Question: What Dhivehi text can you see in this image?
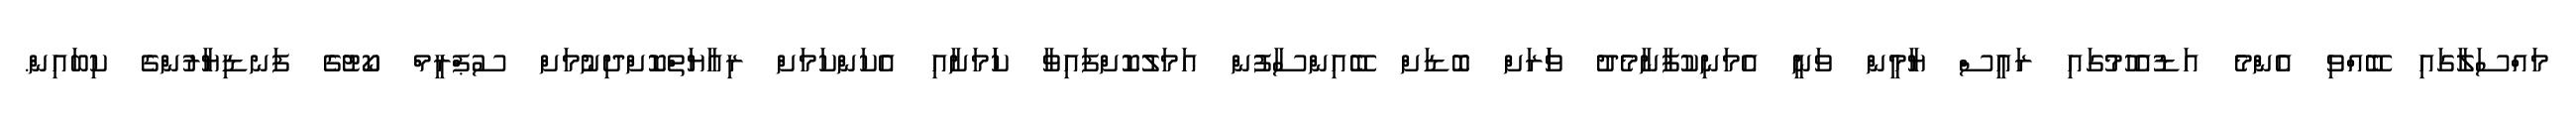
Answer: މައްސަލާގައި ބޭއްވި އެންމެ އަޑުއެހުމުގައި ރައީސް ޔާމީން ވަނީ އެމަނިކުފާނާމެދު ވަަރަށް ބޮޑަށް ބޭއިންސާފުން އަމަލުކޮށްފައިވާ ކަަމަށާއި އެކަންކަމަށް ރިއާޔަތްކޮށްދިނުމަށް ސުޕްރީމް ކޯޓުގެ ފަނޑިޔާރުންގެ ކިބައިން.